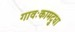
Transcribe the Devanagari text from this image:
गावःकामदुधा